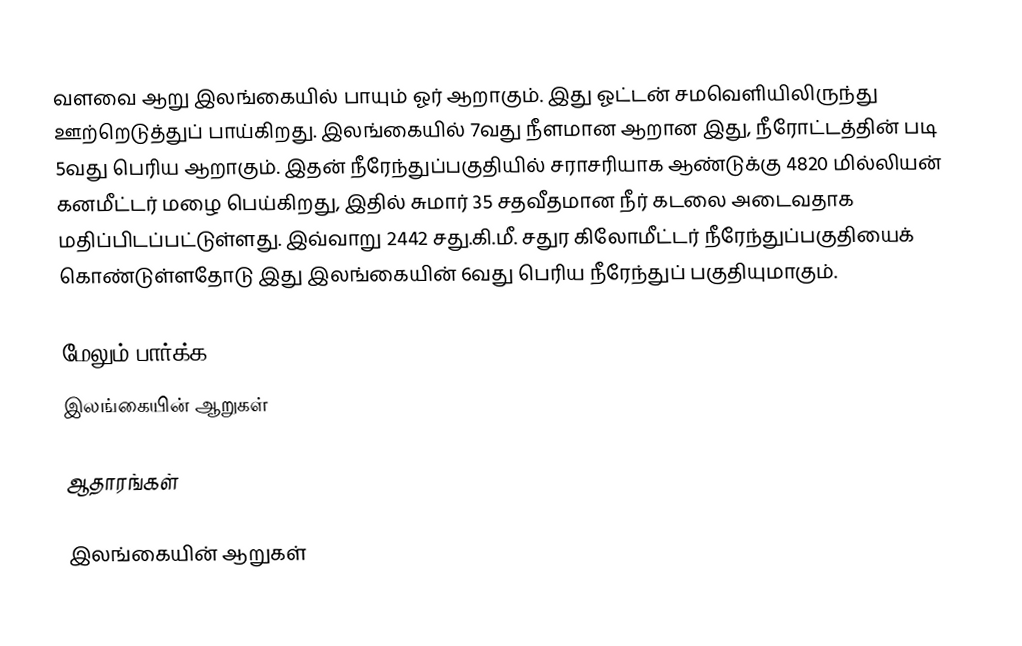
வளவை ஆறு இலங்கையில் பாயும் ஓர் ஆறாகும். இது ஓட்டன் சமவெளியிலிருந்து ஊற்றெடுத்துப் பாய்கிறது. இலங்கையில் 7வது நீளமான ஆறான இது, நீரோட்டத்தின் படி 5வது பெரிய ஆறாகும். இதன் நீரேந்துப்பகுதியில் சராசரியாக ஆண்டுக்கு 4820 மில்லியன் கனமீட்டர் மழை பெய்கிறது, இதில் சுமார் 35 சதவீதமான நீர் கடலை அடைவதாக மதிப்பிடப்பட்டுள்ளது. இவ்வாறு 2442 சது.கி.மீ. சதுர கிலோமீட்டர் நீரேந்துப்பகுதியைக் கொண்டுள்ளதோடு இது இலங்கையின் 6வது பெரிய நீரேந்துப் பகுதியுமாகும்.

மேலும் பார்க்க
 இலங்கையின் ஆறுகள்

ஆதாரங்கள்

இலங்கையின் ஆறுகள்